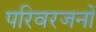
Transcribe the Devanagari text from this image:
परिवरजनों